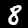
Label: 8